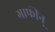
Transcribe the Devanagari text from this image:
ग्राफीन्